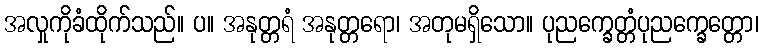
အလှုကိုခံထိုက်သည်။ ပ။ အနုတ္တရံ အနုတ္တရော၊ အတုမရှိသော။ ပုညက္ခေတ္တံပုညက္ခေတ္တော၊